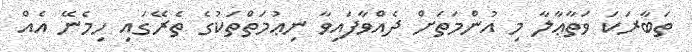
ތަބާރަކަ ވަތާޢާލާ މި އުންމަތަށް ދެއްވާފައިވާ ނިޢުމަތްތަކުގެ ތެރޭގައި ހިމެނޭ އެއް